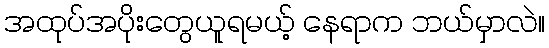
အထုပ်အပိုးတွေယူရမယ့် နေရာက ဘယ်မှာလဲ။